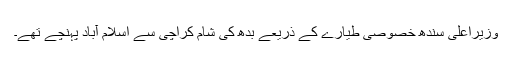
وزیراعلیٰ سندھ خصوصی طیارے کے ذریعے بدھ کی شام کراچی سے اسلام آباد پہنچے تھے۔